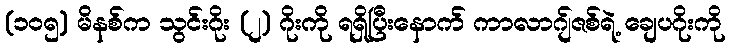
(၁၀၅) မိနစ်က သွင်းဂိုး (၂) ဂိုးကို ရရှိပြီးနောက် ကာလာဂျ်ဇစ်ရဲ့ ချေပဂိုးကို